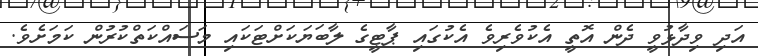
އަދި ވިދާޅުވީ ދެން އޮތީ އެކުވެރިވެ އެކުގައި ޕާޓީގެ ލާބަޔަކަށްޓަކައި މަސައްކަތްކުރުން ކަމަށެވެ.